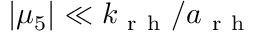
| \mu _ { 5 } | \ll k _ { \mathrm { ~ r ~ h ~ } } / a _ { \mathrm { ~ r ~ h ~ } }